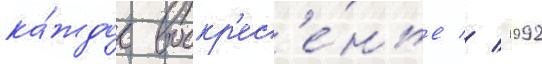
ка́ждое воскр'ес'е́нье // 1992